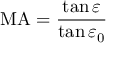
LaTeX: \mathrm { M A } = { \frac { \tan \varepsilon } { \tan \varepsilon _ { 0 } } }